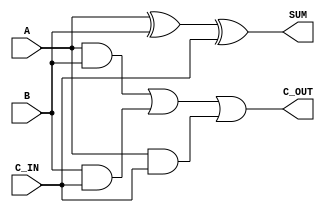
module fa_assign(A, B, C_IN, SUM, C_OUT);
	input A, B, C_IN;
	output SUM, C_OUT;
	
		assign SUM = (A ^ B) ^ C_IN;
		assign C_OUT = (A & B)|(B & C_IN)|(A & C_IN);
endmodule